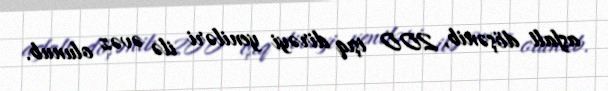
asfalt döşənib, 200 işıq dirəyi yeniləri ilə əvəz olunub.